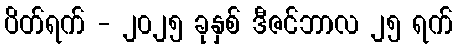
ပိတ်ရက် - ၂၀၂၅ ခုနှစ် ဒီဇင်ဘာလ ၂၅ ရက်